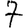
Digit: 7